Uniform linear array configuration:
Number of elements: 12
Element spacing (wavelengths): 0.75
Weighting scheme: blackman
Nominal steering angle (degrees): -15
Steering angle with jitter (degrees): -14.234
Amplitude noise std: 0.05
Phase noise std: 0.05

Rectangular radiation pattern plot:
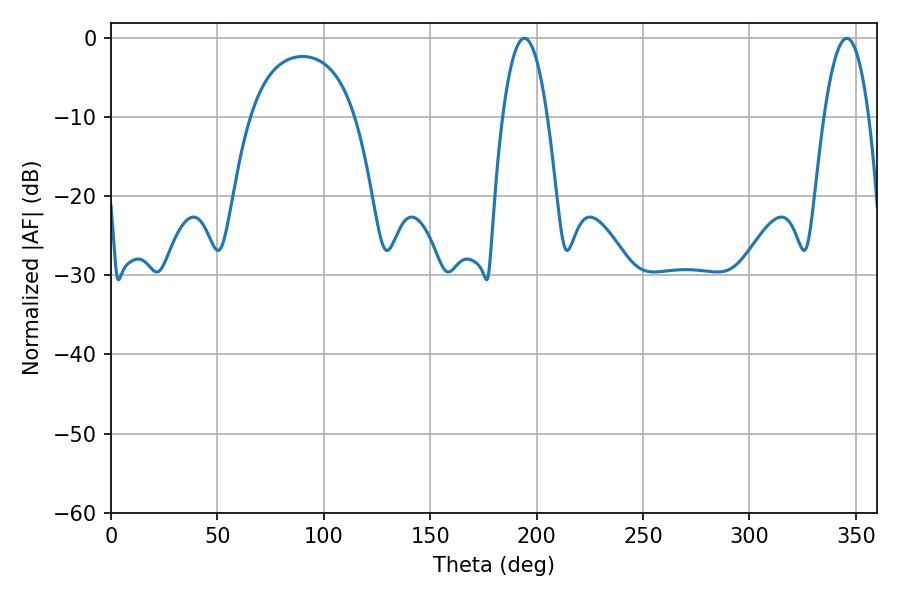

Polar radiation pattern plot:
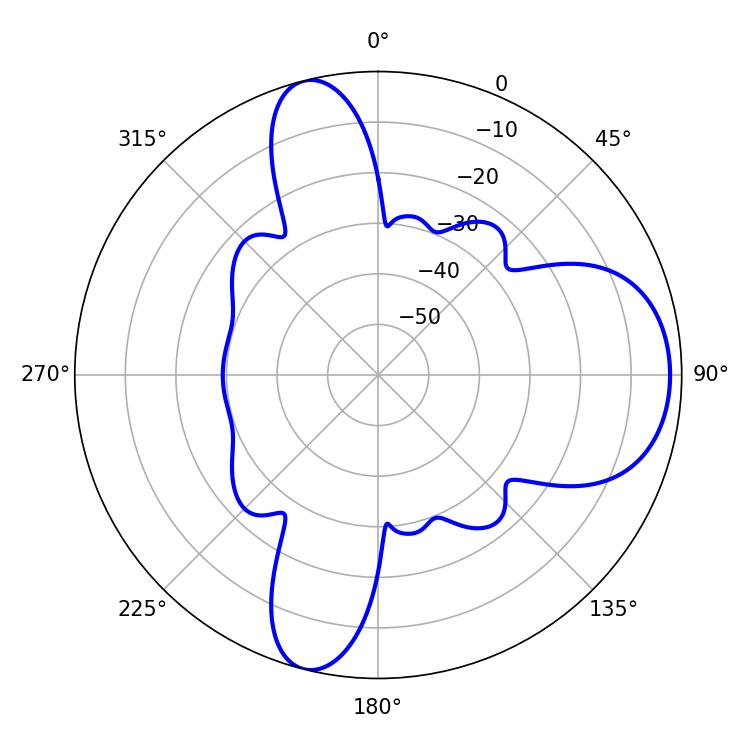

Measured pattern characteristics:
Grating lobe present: TRUE
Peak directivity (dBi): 9.308
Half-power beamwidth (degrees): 11.7
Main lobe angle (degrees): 194.22